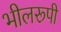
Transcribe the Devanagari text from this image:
भीलरूपी